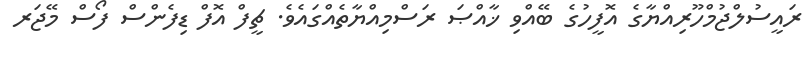
ރައީސުލްޖުމްހޫރިއްޔާގެ އޮފީހުގެ ބޭއްވި ޚާއްޞަ ރަސްމިއްޔާތެއްގައެވެ. ޗީފް އޮފް ޑިފެންސް ފޯސް މޭޖަރ